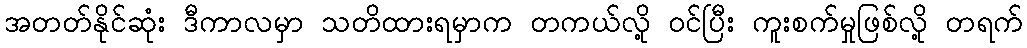
အတတ်နိုင်ဆုံး ဒီကာလမှာ သတိထားရမှာက တကယ်လို့ ဝင်ပြီး ကူးစက်မှုဖြစ်လို့ တရက်